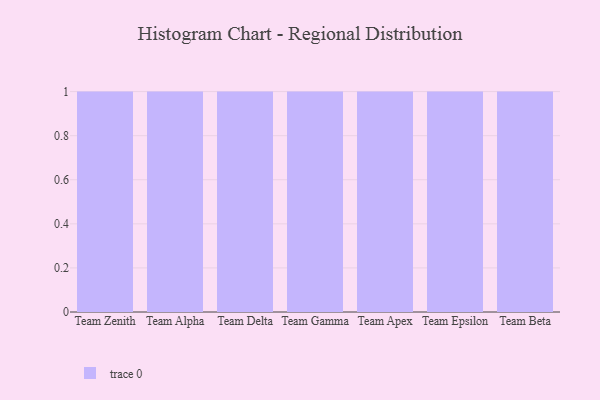
{"axis": {"x": "Team", "y": "Budget (USD K)"}, "legend": [""], "data": [{"x": "Team Zenith", "y": 64, "type": ""}, {"x": "Team Alpha", "y": 55, "type": ""}, {"x": "Team Delta", "y": 75, "type": ""}, {"x": "Team Gamma", "y": 83, "type": ""}, {"x": "Team Apex", "y": 23, "type": ""}, {"x": "Team Epsilon", "y": 92, "type": ""}, {"x": "Team Beta", "y": 71, "type": ""}]}